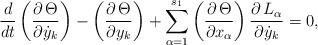
\begin{align*}\dfrac{d}{dt}\left(\dfrac{\partial\,\Theta}{\partial\dot{y}_k}\right)-\left(\dfrac{\partial\,\Theta}{\partial{y}_k}\right)+\displaystyle\sum_{\alpha=1}^{s_1}\left(\dfrac{\partial\,\Theta}{\partial{x}_\alpha}\right)\dfrac{\partial\,L_\alpha}{\partial\dot{y}_k}=0,\end{align*}